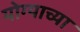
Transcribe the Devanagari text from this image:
योग्याच्या